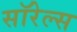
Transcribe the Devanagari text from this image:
सॉरेल्स